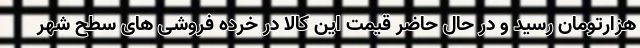
هزارتومان رسید و در حال حاضر قیمت این کالا در خرده فروشی های سطح شهر